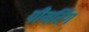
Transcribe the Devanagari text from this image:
पीयरिंग